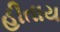
હીતાય